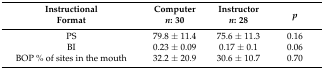
<table><thead><tr><td><b>Instructional Format</b></td><td><b>Computer <i>n</i>: 30</b></td><td><b>Instructor <i>n</i>: 28</b></td><td><b><i>p</i></b></td></tr></thead><tbody><tr><td>PS</td><td>79.8 ± 11.4</td><td>75.6 ± 11.3</td><td>0.16</td></tr><tr><td>BI</td><td>0.23 ± 0.09</td><td>0.17 ± 0.1</td><td>0.06</td></tr><tr><td>BOP % of sites in the mouth</td><td>32.2 ± 20.9</td><td>30.6 ± 10.7</td><td>0.70</td></tr></tbody></table>